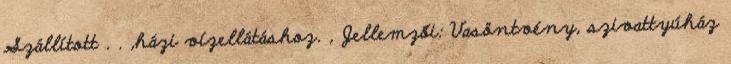
Szállított . . ,házi vízellátáshoz. , Jellemzői: Vasöntvény, szivattyúház